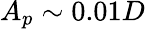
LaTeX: A_{p}\sim 0.01D